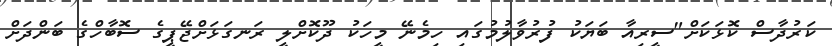
ކަރުދާސް ކޮޅަކަށް"ސީރިއާ ބަޔަކު ފުރުވާލުމުގައި ހިމެނޭ މީހަކު ދޫކޮށްލީ ރަނގަޅަށްޖޭޕީގެ ސޮބާހްގެ ބަންދަށް